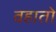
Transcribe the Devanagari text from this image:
वहातो